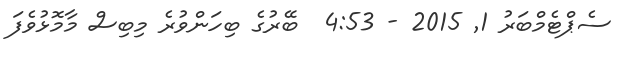
ސެޕްޓެމްބަރު 1